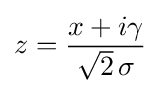
z={\frac {x+i\gamma }{{\sqrt {2}}\,\sigma }}